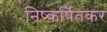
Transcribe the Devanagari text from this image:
निष्कर्षितकर